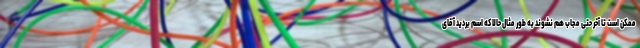
ممکن است تا آخر حتی مجاب هم نشوند به طور مثال حالا که اسم بردید آقای